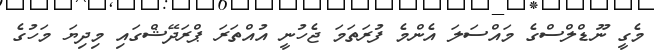
މެގީ ނޫޑްލްސްގެ މައްސަލަ އެންމެ ފުރަތަމަ ޖެހުނީ އުއްތަރަ ޕްރަދޭޝްގައި މިދިޔަ މަހުގެ